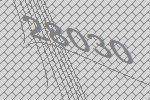
28030